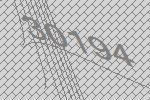
30194